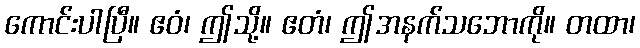
ကောင်းပါပြီ။ ဧဝံ၊ ဤသို့။ ဧတံ၊ ဤအနက်သဘောကို။ တထာ၊